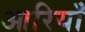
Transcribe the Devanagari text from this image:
आरियाँ